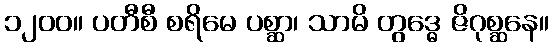
၁၂၀၀။ ပတီစီ စရိမေ ပစ္ဆာ၊ သာမိ တွဒ္ဓေ ဇိဂုစ္ဆနေ။